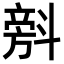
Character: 𣂆